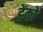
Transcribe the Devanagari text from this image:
डेंको